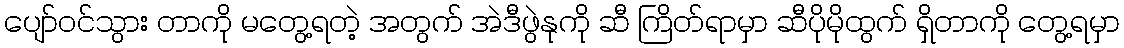
ပျော်ဝင်သွား တာကို မတွေ့ရတဲ့ အတွက် အဲဒီဖွဲနုကို ဆီ ကြိတ်ရာမှာ ဆီပိုမိုထွက် ရှိတာကို တွေ့ရမှာ